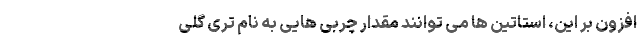
افزون بر این، استاتین ها می توانند مقدار چربی هایی به نام تری گلی